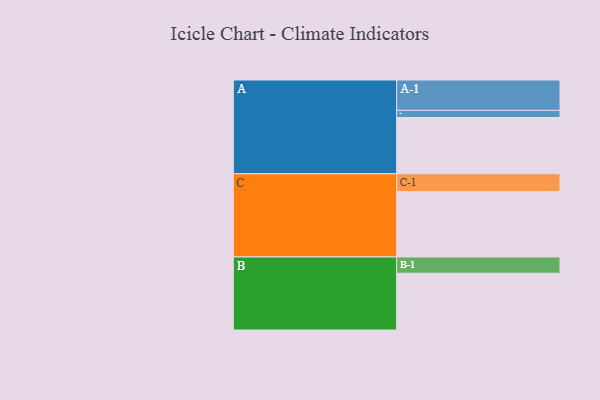
{"axis": {"x": "Segment", "y": "Value"}, "legend": ["", "A", "B", "C"], "data": [{"x": "A", "y": 478, "type": ""}, {"x": "B", "y": 482, "type": ""}, {"x": "C", "y": 555, "type": ""}, {"x": "A-1", "y": 258, "type": "A"}, {"x": "A-2", "y": 61, "type": "A"}, {"x": "B-1", "y": 139, "type": "B"}, {"x": "C-1", "y": 152, "type": "C"}]}